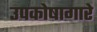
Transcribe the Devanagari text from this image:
उपकोषागारे